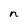
Character: n